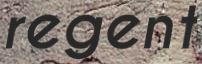
regent